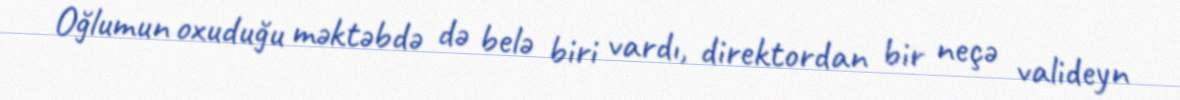
Oğlumun oxuduğu məktəbdə də belə biri vardı, direktordan bir neçə valideyn